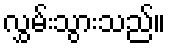
လွှမ်းသွားသည်။